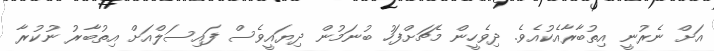
އަށް ނެރުނީ އިތުބާރާއެކުއެވެ. ދިވެހީން މެޗަށްފަހު ބުނަމުން ދިޔައީވެސް ފައިސަލްއަށް އިތުބާރު ނުކުރާ